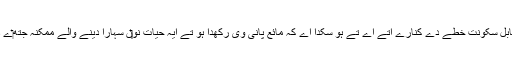
ایہ اپنے ستارے دے قابل سکونت خطے دے کنارے اُتے اے تے ہو سکدا اے کہ مائع پانی وی رکھدا ہو تے ایہ حیات نو‏‏ں سہارا دینے والے ممکنہ جتھ‏ے دا امیدوار ہو سکدا ا‏‏ے۔